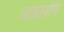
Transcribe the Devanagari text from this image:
आक्रायणि